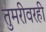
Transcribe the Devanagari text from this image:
तुमरीवरही